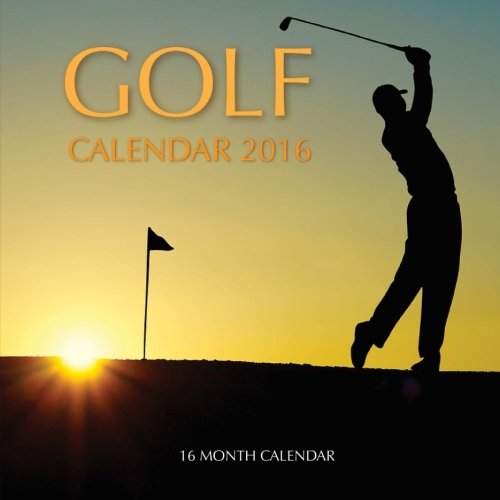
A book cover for Golf Calendar 2016: 16 Month Calendar; Jack Smith; Calendars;